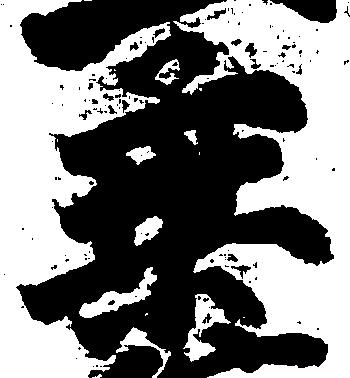
乗